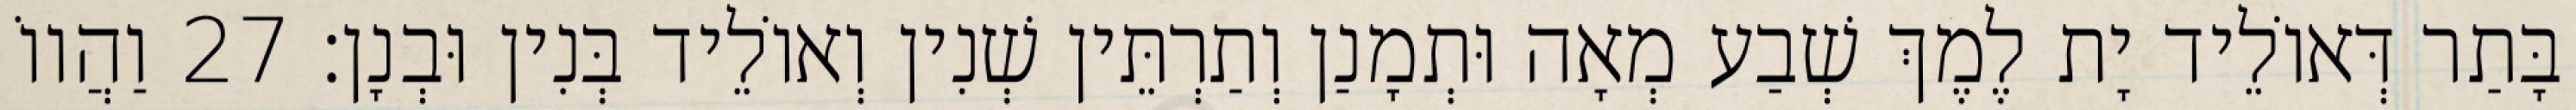
בָּתַר דְּאוֹלֵיד יָת לֶמֶךְ שְׁבַע מְאָה וּתְמָנַן וְתַרְתֵּין שְׁנִין וְאוֹלֵיד בְּנִין וּבְנָן׃ 27 וַהֲווֹ